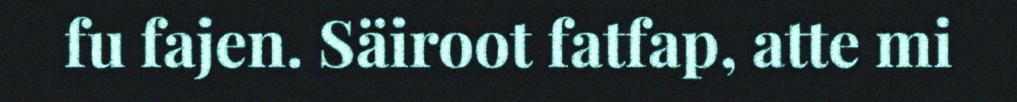
fu fajen. Säiroot fatfap, atte mi